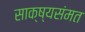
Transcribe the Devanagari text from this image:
साक्ष्यसंमत